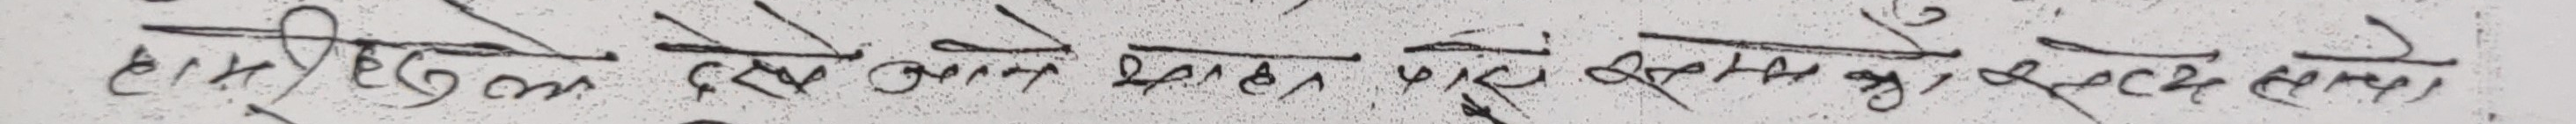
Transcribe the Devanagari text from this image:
हाम्रै देश आज पनि नभएर धेरै परिवर्तन चाह्यो